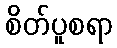
စိတ်ပူစရာ